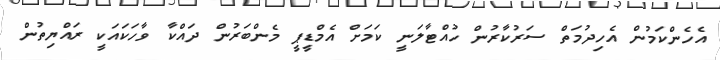
އެހެންކަމުން އެހިދުމަތް ސަރުކާރުން ހުއްޓާލަނީ ކަމަށް އެމްޑީޕީ މެންބަރުން ދައްކާ ވާހަކައަކީ ރައްޔިތުން